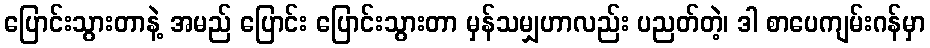
ပြောင်းသွားတာနဲ့ အမည် ပြောင်း ပြောင်းသွားတာ မှန်သမျှဟာလည်း ပညတ်တဲ့၊ ဒါ စာပေကျမ်းဂန်မှာ